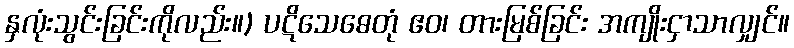
နှလုံးသွင်းခြင်းကိုလည်း။) ပဋိသေဓေတုံ ဧဝ၊ တားမြစ်ခြင်း အကျိုးငှာသာလျှင်။